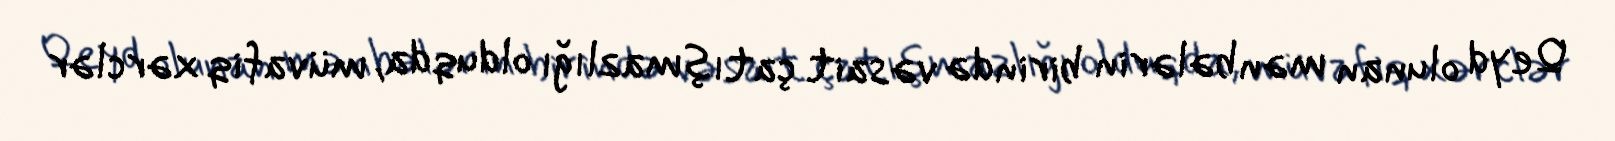
Qeyd olunan mənbələrin birində vəsait çatışmazlığı olduqda, müvafiq xərclər